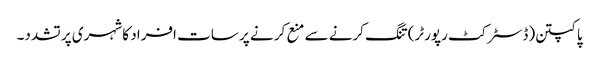
پاکپتن(ڈسٹر کٹ رپورٹر)تنگ کرنے سے منع کر نے پر سات افراد کا شہری پر تشدد۔